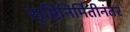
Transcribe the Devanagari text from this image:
सृष्टिनिर्मितीनंतर